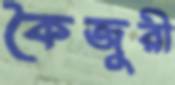
কৈজুরী